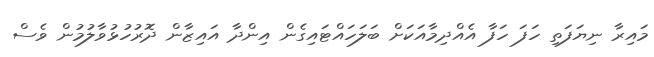
މައިރާ ނިޔަފަތި ހަފަ ހަފާ އެއްދިމާއަކަށް ބަލަހައްޓައިގެން އިންދާ އައިޒާން ދޮރުހުޅުވާލުމުން ވެސް